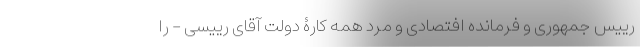
رییس جمهوری و فرمانده افتصادی و مرد همه کارۀ دولت آقای رییسی - را